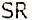
SR